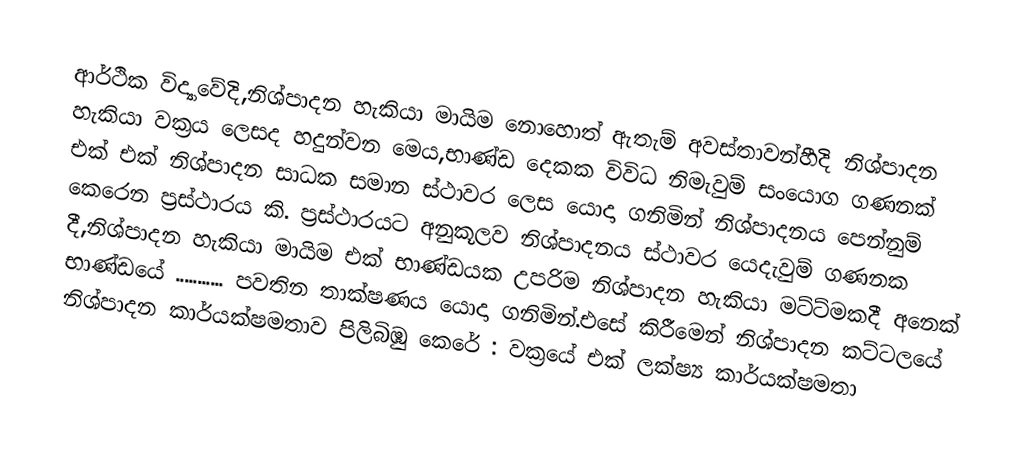
ආර්ථික විද්‍යාවේදි,නිශ්පාදන හැකියා මායිම නොහොත් ඇතැම් අවස්තාවන්හීදි නිශ්පාදන හැකියා වක්‍රය ලෙසද හදුන්වන මෙය,භාණ්ඩ දෙකක විවිධ නිමැවුම් සංයොග ගණනක්  එක් එක් නිශ්පාදන සාධක සමාන ස්ථාවර ලෙස යොදා ගනිමින් නිශ්පාදනය පෙන්නුම් කෙරෙන ප්‍රස්ථාරය කි. ප්‍රස්ථාරයට අනුකූලව නිශ්පාදනය ස්ථාවර යෙදැවුම් ගණනක දී,නිශ්පාදන හැකියා මායිම එක් භාණ්ඩයක උපරිම නිශ්පාදන හැකියා මට්ට්මකදී අනෙක් භාණ්ඩයේ ........... පවතින තාක්ෂණය යොදා ගනිමින්.එසේ කිරීමෙන් නිශ්පාදන කට්ටලයේ නිශ්පාදන කාර්යක්ෂමතාව පිලිබිඹු කෙරේ : වක්‍රයේ එක් ලක්ෂ්‍ය කාර්යක්ෂමතා